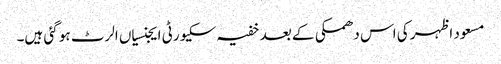
مسعود اظہر کی اس دھمکی کے بعد خفیہ سکیورٹی ایجنسیاں الرٹ ہو گئی ہیں۔